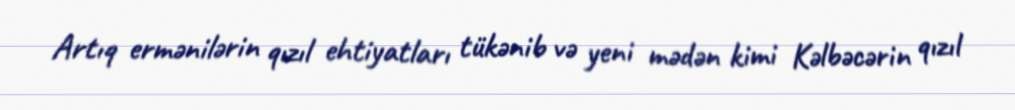
Artıq ermənilərin qızıl ehtiyatları tükənib və yeni mədən kimi Kəlbəcərin qızıl